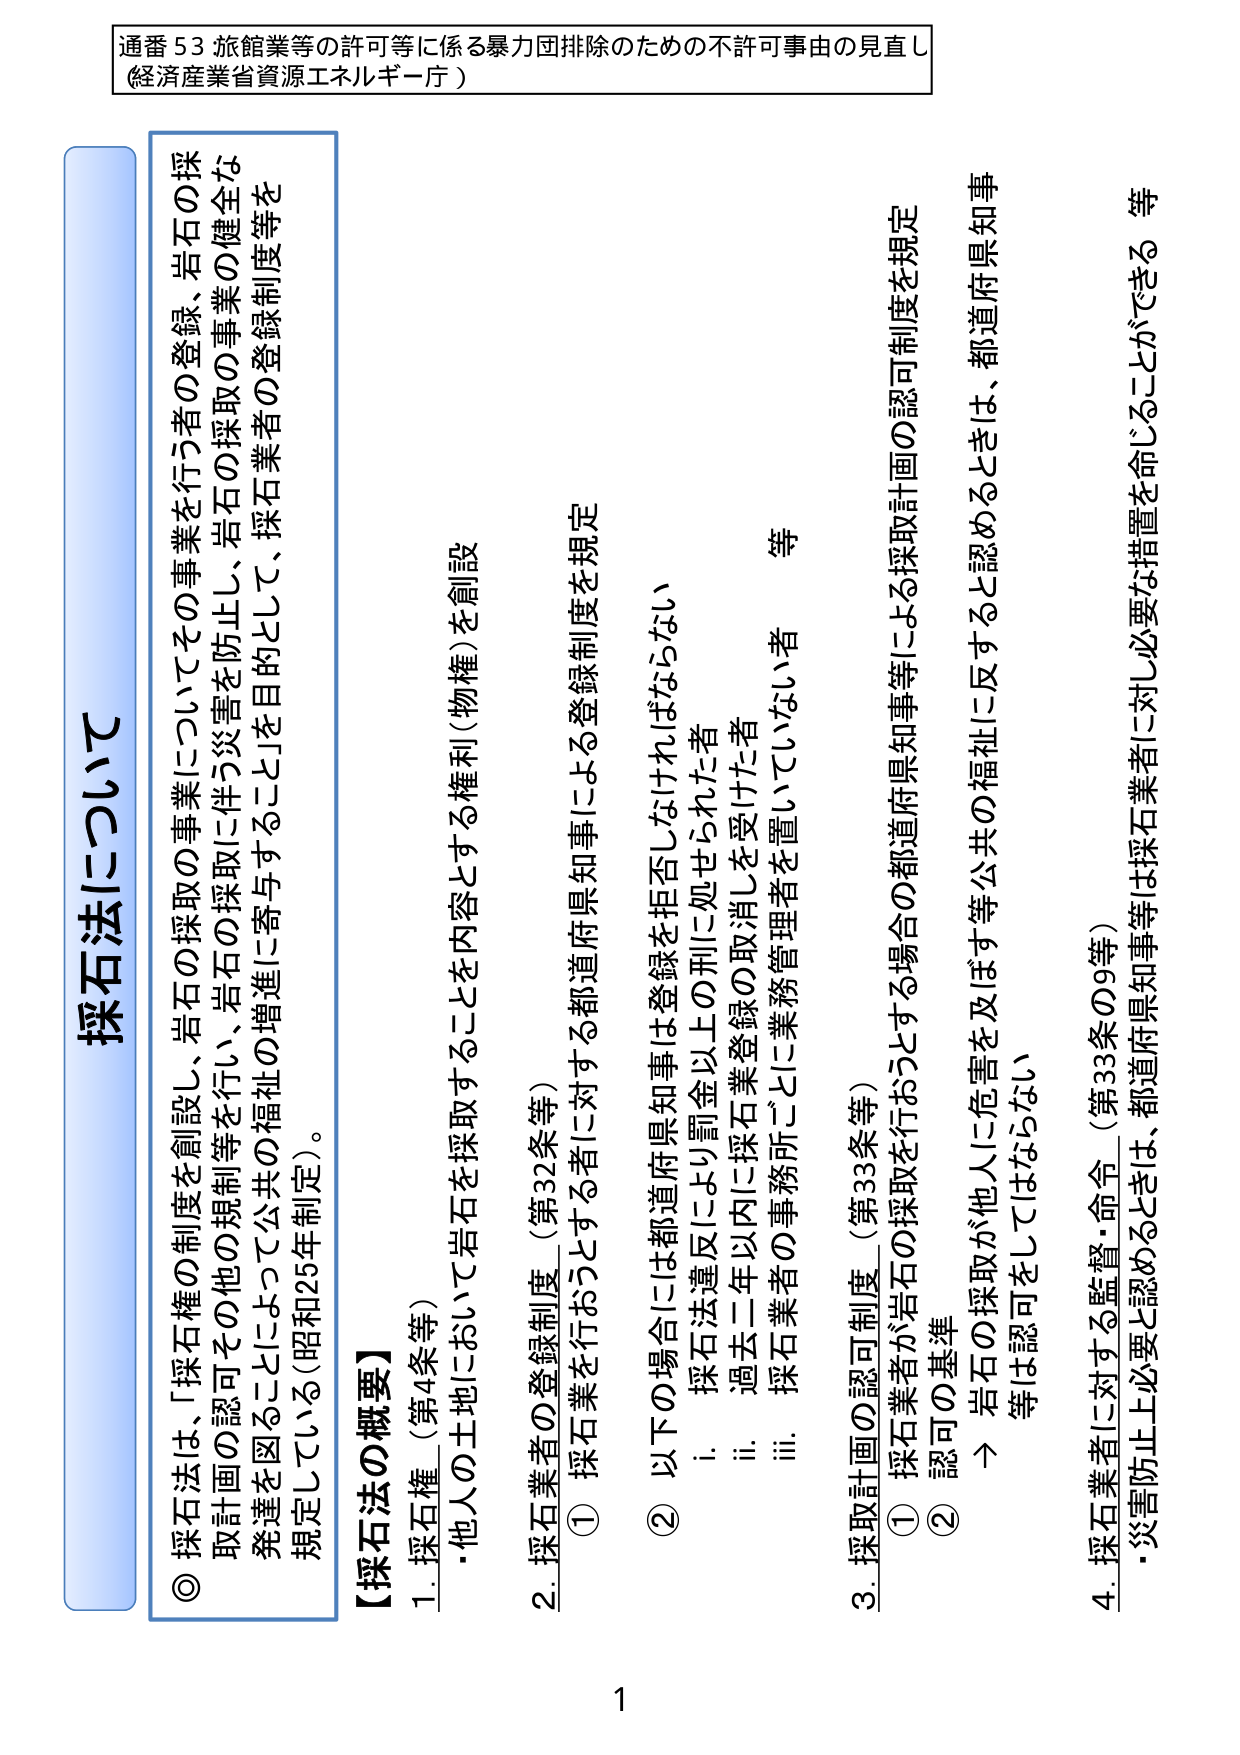
通番 53 旅館業等の許可等に係る暴力団排除のための不許可事由の見直し
（経済産業省資源エネルギー庁）

採石法について

◎ 採石法は、「採石権の制度を創設し、岩石の採取の事業についてその事業を行う者の登録、岩石の採取計画の認可その他の規制等を行い、岩石の採取に伴う災害を防止し、岩業の健全な発達を図ることによって公共の福祉の増進に寄与すること」を目的として、採石業者の登録制度等を規定している（昭和25年制定）。

【採石法の概要】

1. 採石権（第4条等）
・他人の土地において岩石を採取することを内容とする権利（物権）を創設

2. 採石業者の登録制度（第32条等）
① 採石業を行おうとする者に対する都道府県知事による登録制度を規定
② 以下の場合には都道府県知事は登録を拒否しなければならない
　i. 採石法違反により罰金以上の刑に処せられた者
　ii. 過去二年以内に採石業登録の取消しを受けた者
　iii. 採石業者の事務所ごとに業務管理者を置いていない者　等

3. 採取計画の認可制度（第33条等）
① 採石業者が岩石の採取を行おうとする場合の都道府県知事等による採取計画の認可制度を規定
② 認可の基準
　→ 岩石の採取が他人に危害を及ぼす等公共の福祉に反すると認めるときは、都道府県知事等は認可をしてはならない

4. 採石業者に対する監督・命令（第33条の9等）
・災害防止上必要と認めるときは、都道府県知事等は採石業者に対し必要な措置を命じることができる　等

1